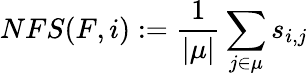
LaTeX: NFS(F,i):=\frac{1}{|\mu|}\sum_{j\in\mu}s_{i,j}